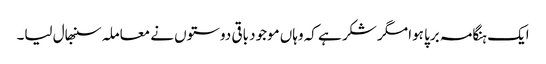
ایک ہنگامہ برپا ہوا مگر شکر ہے کہ وہاں موجود باقی دوستوں نے معاملہ سنبھال لیا۔